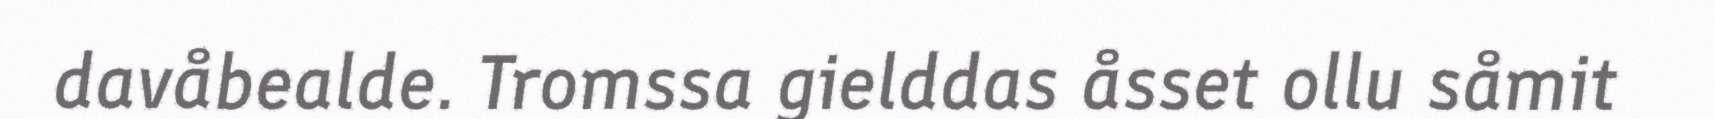
davåbealde. Tromssa gielddas åsset ollu såmit